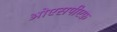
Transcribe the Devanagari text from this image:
ओएसपीएफ़